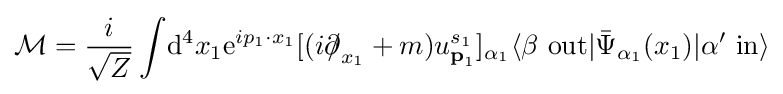
{\mathcal {M}}={\frac {i}{\sqrt {Z}}}\int \!\mathrm {d} ^{4}x_{1}\mathrm {e} ^{ip_{1}\cdot x_{1}}[(i{\partial \!\!\!/}_{x_{1}}+m)u_{{\textbf {p}}_{1}}^{s_{1}}]_{\alpha _{1}}\langle \beta \ \mathrm {out} |{\bar {\Psi }}_{\alpha _{1}}(x_{1})|\alpha '\ \mathrm {in} \rangle